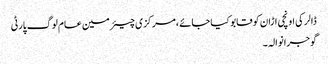
ڈالر کی اونچی اڑان کو قابو کیا جائے ،مرکزی چیئرمین عام لوگ پارٹی
گوجرانوالہ ۔